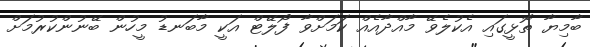
ބާމިޔާ ތޮޅީގައި އެކުލެވޭ މާއްދާއެއް ކަމަށްވާ ފޯލޭޓް އަކީ މާބަނޑު މީހުން ބޭނުންކުރުމަށް